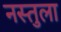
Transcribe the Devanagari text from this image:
नस्तुला